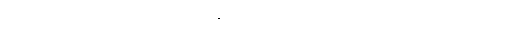
သူအရင်ကတည်းက ပြောခဲ့ဖူးတဲ့ နိုင်ငံရေးအရ အဖြေရှာသွားမယ်ဆိုတာကိုတော့